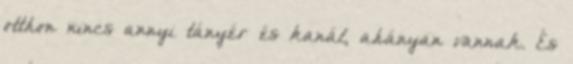
otthon nincs annyi tányér és kanál, ahányan vannak. És